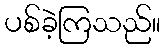
ပစ်ခဲ့ကြသည်။